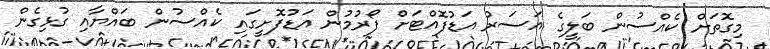
މިގޮތަށް ކެއްސުން ބަލީގެ އަސަރު އަޑުފޮއްޓަށް ފޯރުމުން އަޑުފޮށީގައި ކެއްސުން ބައްޔާއި ގުޅިގެން